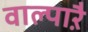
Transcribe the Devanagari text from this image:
वाल्पाऱै